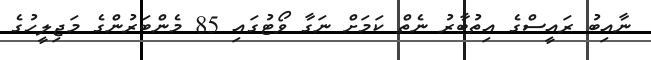
ނާއިބު ރައީސްގެ އިތުބާރު ނެތް ކަމަށް ނަގާ ވޯޓުގައި 85 މެންބަރުންގެ މަޖިލީހުގެ